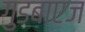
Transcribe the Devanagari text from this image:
गुडबाएज